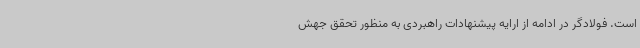
است. فولادگر در ادامه از ارایه پیشنهادات راهبردی به منظور تحقق جهش